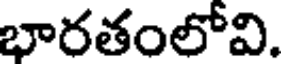
భారతంలోవి.